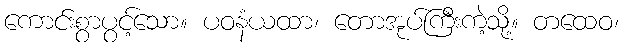
ကောင်းစွာပွင့်သော။ ပဝနံယထာ၊ တောအုပ်ကြီးကဲ့သို့။ တထေဝ၊